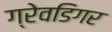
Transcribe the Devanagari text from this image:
ग्रेवडिगर